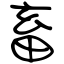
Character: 畜